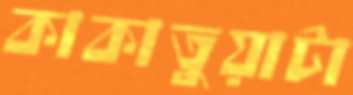
কাকাতুয়াটা